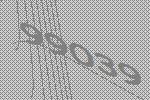
99039